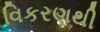
વિકરણથી